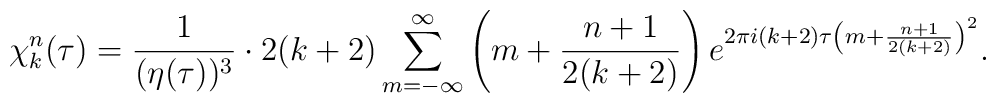
\chi_k^n(\tau) =  {1 \over {(\eta(\tau))^3}}   \cdot 2(k+2)  \sum_{m=-\infty}^\infty  \left( m + {{n+1} \over {2(k+2)}} \right)  e^{2 \pi i (k+2) \tau \left( m + {{n+1} \over {2(k+2)}} \right)^2}.